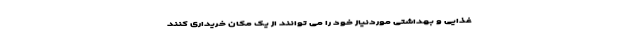
غذایی و بهداشتی موردنیاز خود را می توانند از یک مکان خریداری کنند